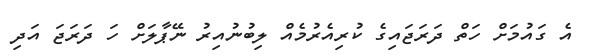
އެ ގައުމަށް ހަތް ދަރަޖައިގެ ކުރިއެރުމެއް ލިބުނުއިރު ނޭޕާލަށް ހަ ދަރަޖަ އަދި